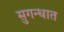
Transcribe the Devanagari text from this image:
सुगन्धात